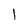
Character: I